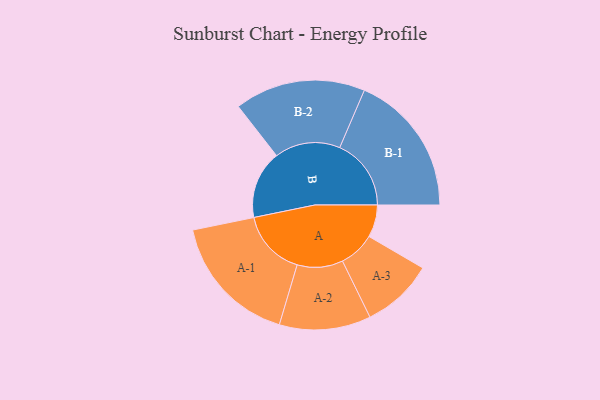
{"axis": {"x": "Segment", "y": "Value"}, "legend": ["", "A", "B"], "data": [{"x": "A", "y": 136, "type": ""}, {"x": "B", "y": 286, "type": ""}, {"x": "A-1", "y": 278, "type": "A"}, {"x": "A-2", "y": 192, "type": "A"}, {"x": "A-3", "y": 151, "type": "A"}, {"x": "B-1", "y": 300, "type": "B"}, {"x": "B-2", "y": 275, "type": "B"}]}